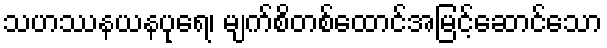
သဟဿနယနပုရေ၊ မျက်စိတစ်ထောင်အမြင့်ဆောင်သော